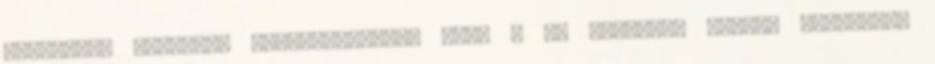
Művészeti Diákköri Konferenciákon TMDK . Az egyetemi TMDK-n sikeresen